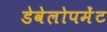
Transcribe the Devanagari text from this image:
डेवेलोपमेंट